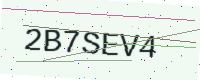
Text: 2B7SEV4